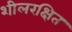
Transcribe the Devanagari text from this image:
शीलरक्षित